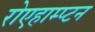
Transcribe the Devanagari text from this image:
रोएहाम्प्टन